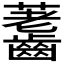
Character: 𪙐